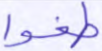
طغوا